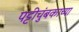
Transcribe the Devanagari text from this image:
पट्टीचुंबकाच्या